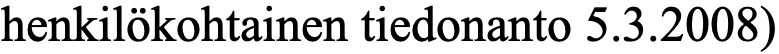
henkilökohtainen tiedonanto 5.3.2008)